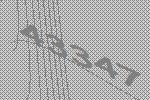
43347